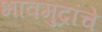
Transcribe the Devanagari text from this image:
भावमुद्रांचे